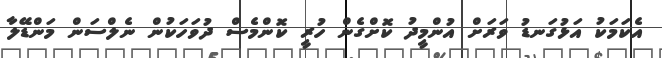
އެކަމަކު އަޅުގަނޑު ވަރަށް އުންމީދު ކޮށްގެން ހުރީ ކޮންމެސް ދުވަހަކުން ނެލްސަން މަންޑޭލާ